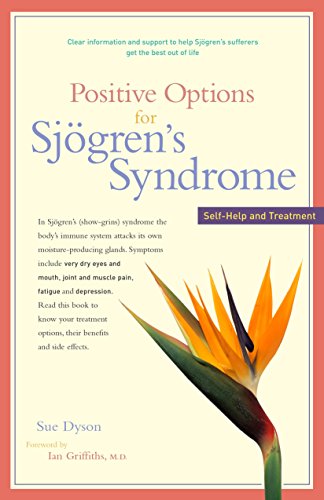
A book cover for Positive Options for SjÃ¶gren's Syndrome: Self-Help and Treatment (Positive Options Series); Sue Dyson; Health, Fitness & Dieting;